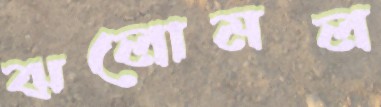
ঝলোমল